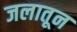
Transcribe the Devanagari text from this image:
जलातून